Annual administration and progress report of the Indian Medical Department, Bombay
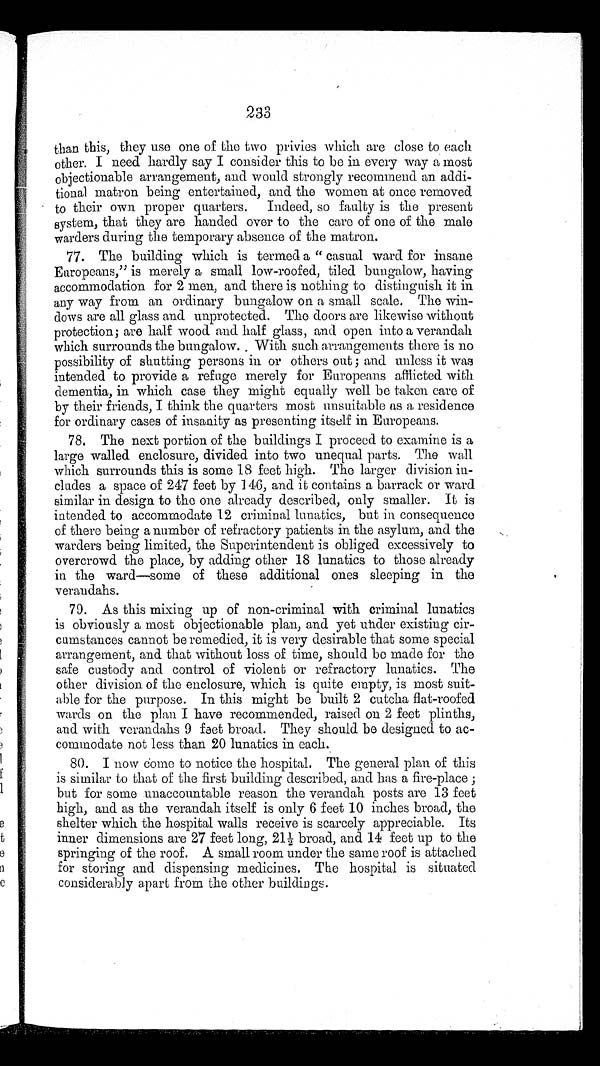
233
than this, they use one of the two privies which are close to each
other. I need hardly say I consider this to be in every way a most
objectionable arrangement, and would strongly recommend an addi-
tional matron being entertained, and the women at once removed
to their own proper quarters. Indeed, so faulty is the present
system, that they are handed over to the care of one of the male
warders during the temporary absence of the matron.
77. The building which is termed a “ casual ward for insane
Europeans,” is merely a small low-roofed, tiled bungalow, having
accommodation for 2 men, and there is nothing to distinguish it in
any way from an ordinary bungalow on a small scale. The win-
dows are all glass and unprotected. The doors are likewise without
protection ; are half wood and half glass, and open into a verandah
which surrounds the bungalow. With such arrangements there is no
possibility of shutting persons in or others out ; and unless it was
intended to provide a refuge merely for Europeans afflicted with
dementia, in which case they might equally well be taken care of
by their friends, I think the quarters most unsuitable as a residence
for ordinary cases of insanity as presenting itself in Europeans.
78. The next portion of the buildings I proceed to examine is a
large walled enclosure, divided into two unequal parts. The wall
which surrounds this is some 18 feet high. The larger division in-
cludes a space of 247 feet by 146, and it contains a barrack or ward
similar in design to the one already described, only smaller. It is
intended to accommodate 12 criminal lunatics, but in consequence
of there being a number of refractory patients in the asylum, and the
warders being limited, the Superintendent is obliged excessively to
overcrowd the place, by adding other 18 lunatics to those already
in the ward—some of these additional ones sleeping in the
verandahs.
79. As this mixing up of non-criminal with criminal lunatics
is obviously a most objectionable plan, and yet under existing cir-
cumstances cannot be remedied, it is very desirable that some special
arrangement, and that without loss of time, should be made for the
safe custody and control of violent or refractory lunatics. The
other division of the enclosure, which is quite empty, is most suit-
able for the purpose. In this might be built 2 cutcha flat-roofed
wards on the plan I have recommended, raised on 2 feet plinths,
and with verandahs 9 feet broad. They should be designed to ac-
commodate not less than 20 lunatics in each.
80. I now come to notice the hospital. The general plan of this
is similar to that of the first building described, and has a fire-place ;
but for some unaccountable reason the verandah posts are 13 feet
high, and as the verandah itself is only 6 feet 10 inches broad, the
shelter which the hospital walls receive is scarcely appreciable. Its
inner dimensions are 27 feet long, 21½ broad, and 14 feet up to the
springing of the roof. A small room under the same roof is attached
for storing and dispensing medicines. The hospital is situated
considerably apart from the other buildings.